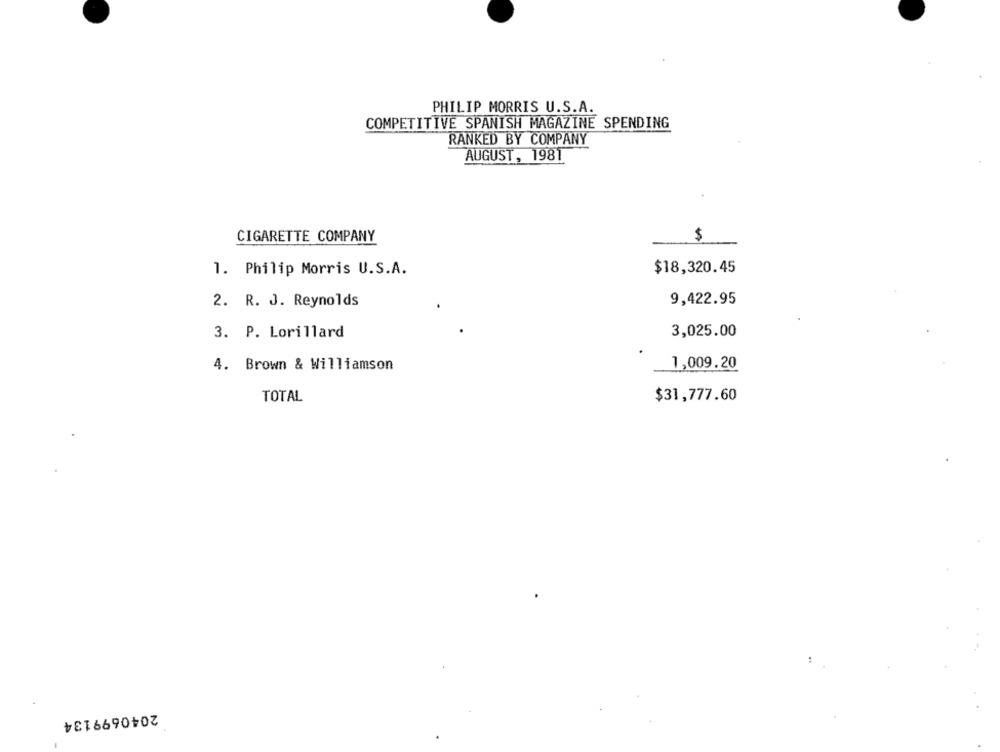
PHILIP MORRIS U.S.A.
COMPETITIVE SPANISH MAGAZINE SPENDING
RANKED BY COMPANY
AUGUST, 1981
CIGARETTE COMPANY
$
1. Philip Morris U.S.A.
$18,320.45
9,422.95
2. R. J. Reynolds
3. P. Lorillard
3,025.00
4. Brown & Williamson
1,009.20
TOTAL
$31,777.60
2040699134